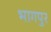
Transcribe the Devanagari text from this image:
भागपुर